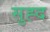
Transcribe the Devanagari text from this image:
सुह्द